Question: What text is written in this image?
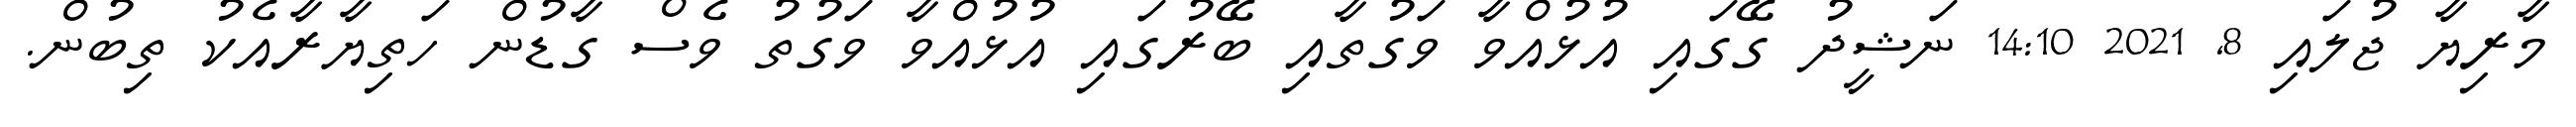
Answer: މާރިޔާ ޖުލައި 8, 2021 14:10 ނަޝީދު ގޭގައި އުޅުއްވާ ވަގުތާއި ބޭރުގައި އުޅުއްވާ ވަގުތު ވެސް ގާޑުން ހަތިޔާރާއެކު ތިބުން.